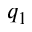
q _ { 1 }